Report on sanitation, dispensaries, and jails in Rajputana for 1917, and on vaccination for the year 1917-1918 - 1917-1918
Year: 1917
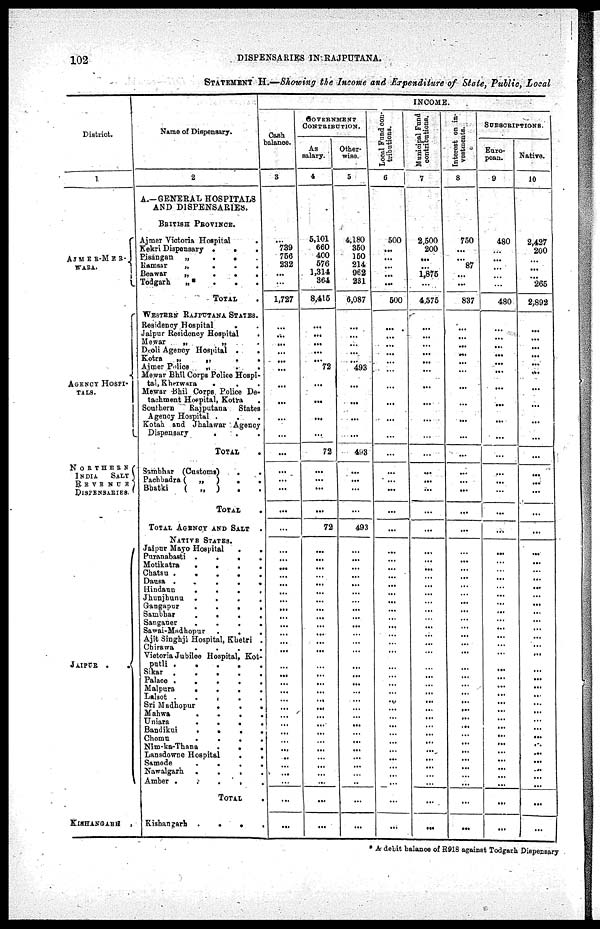
102
DISPENSARIES IN RAJPUTANA.
STATEMENT H.—Showing the Income and Expenditure of State, Public, Local
District.
1
AJMER-MER¬
WARA.
AGENCY HOSPI¬
-----
NORTHERN
INDIA
SALT
REVENUE
DISPENSARIES.
JAIPUR
.
.
KISHANGARH .
Name of Dispensary.
2
A.—GENERAL HOSPITALS
AND DISPENSARIES.
BRITISH PROVINCE.
Ajmer Victoria Hospital .
Kekri Dispensary
.
.
.
Pisangan „ ...
Ramsar „ ...
Beawar
„
.
.
.
Todgarh
„ ...
TOTAL .
WESTERN RAJPUTANA STATES.
Residency Hospital
..
Jaipur Residency Hospital
.
Mewar
„
„ .
Deoli Agency Hospital
. .
Kotra
„
„
. .
Ajmer Police
„
. .
Mewar Bhil Corps Police Hospi-
tal, Kherwara ...
Mewar Bhil Corps Police De-
tachment Hospital, Kotra .
Southern
Rajputana
States
Agency Hospital
...
Kotah and Jhalawar Agency
Dispensary
...
TOTAL
.
Simbhar (Customs)
. .
Pachbadra ( „ ) ..
Bhatki
( „ ) ..
TOTAL .
TOTAL AGENCY AND SALT .
NATIVE STATES.
Jaipur Mayo Hospital
. .
Puranabasti .
.
.
.
Motikatra
....
Chatsu
.....
Dausa
.
.
.
.
.
Hindaun
.
.
.
.
Jhunjhunu
.
.
.
.
Gangapur
.
.
.
.
Sambhar
....
Sanganer
.
.
.
.
Sawai-Madhopur
.
.
.
Ajit Singhji Hospital, Khetri .
Chirawa
.
.
.
.
Victoria Jubilee Hospital, Kot¬
patli
.....
Sikar
.....
Palace
.....
Malpura
.
.
.
.
Lalsot
.....
Sri Madhopur
.
.
.
Mahwa
.
.
.
.
Uniara
.
.
.
.
Bandikui
.
.
.
.
Chomu
.....
Nim-ka-Thana ...
Lansdowne Hospital
. .
Samode
.
.
.
.
Nawalgarh .
.
.
.
Amber .....
TOTAL .
Kishangarh
.
.
.
INCOME.
Cash
balance.
3
...
739
756
232
...
...
1,727
...
...
...
...
...
...
...
...
...
...
...
...
...
...
...
...
...
...
...
...
...
...
...
...
...
...
...
...
...
...
...
...
...
...
... ...
... ...
...
...
...
...
...
...
...
...
GOVERNMENT
CONTRIBUTION.
As
salary.
4
5,101
660
400
576
1,314
364
8,415
...
...
...
...
...
72
...
...
...
...
72
...
...
...
...
72
...
...
...
...
...
...
...
...
...
...
...
...
...
...
...
...
...
...
...
...
...
...
...
...
...
...
...
...
...
...
Other¬
wise.
5
4,180
350
150
214
962
231
6,087
...
...
...
...
...
493
...
...
...
...
493
...
...
...
...
493
...
...
...
...
...
...
...
...
...
...
...
...
...
...
...
...
...
...
...
...
...
...
...
...
...
...
...
...
...
...
Local Fund con¬
tributions.
6
500
...
...
...
...
...
500
...
...
...
...
...
...
...
...
...
...
...
...
...
...
...
...
...
...
...
...
...
...
...
...
... ...
...
...
...
...
...
...
...
...
...
...
...
...
...
...
...
...
...
...
...
...
Municipal Fund
contributions.
7
2,500
200
...
...
1,875
...
4,575
...
...
...
...
...
...
...
...
...
...
...
...
...
...
...
...
...
...
...
...
...
...
...
...
...
...
...
...
...
...
...
...
...
...
...
...
...
...
...
...
...
...
...
...
...
...
Interest on in¬
vestments.
8
750
...
...
87
...
...
837
...
...
...
...
...
...
...
...
...
...
...
...
...
...
...
...
...
...
...
...
...
...
...
...
...
...
...
...
...
...
...
...
...
...
...
...
...
...
...
...
...
...
...
...
...
...
SUBSCRIPTIONS.
Euro¬
pean.
9
480
...
...
...
...
...
480
...
...
...
...
...
...
...
...
...
...
...
...
...
...
...
...
...
...
...
...
...
...
...
...
...
...
...
...
...
...
...
...
...
...
...
...
...
...
...
...
...
...
...
...
...
...
Native.
10
2,427
200
...
...
265
2,892
...
...
...
...
...
...
...
...
...
...
...
...
...
...
...
...
...
...
...
...
...
...
...
...
...
...
...
...
...
...
...
...
...
...
...
...
...
...
...
...
...
...
...
...
...
...
* A debit balance of R918 against Todgarh Dispensary